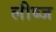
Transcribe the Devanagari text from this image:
लीब्ज